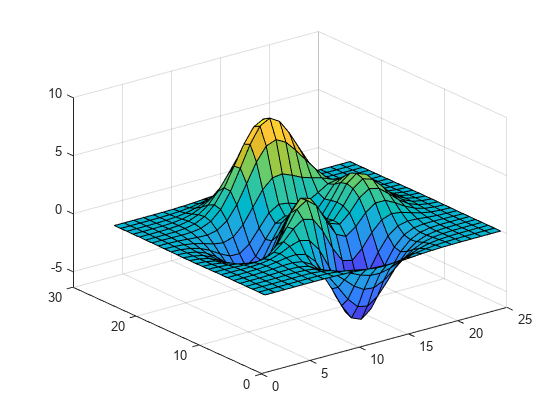
matlab, surf